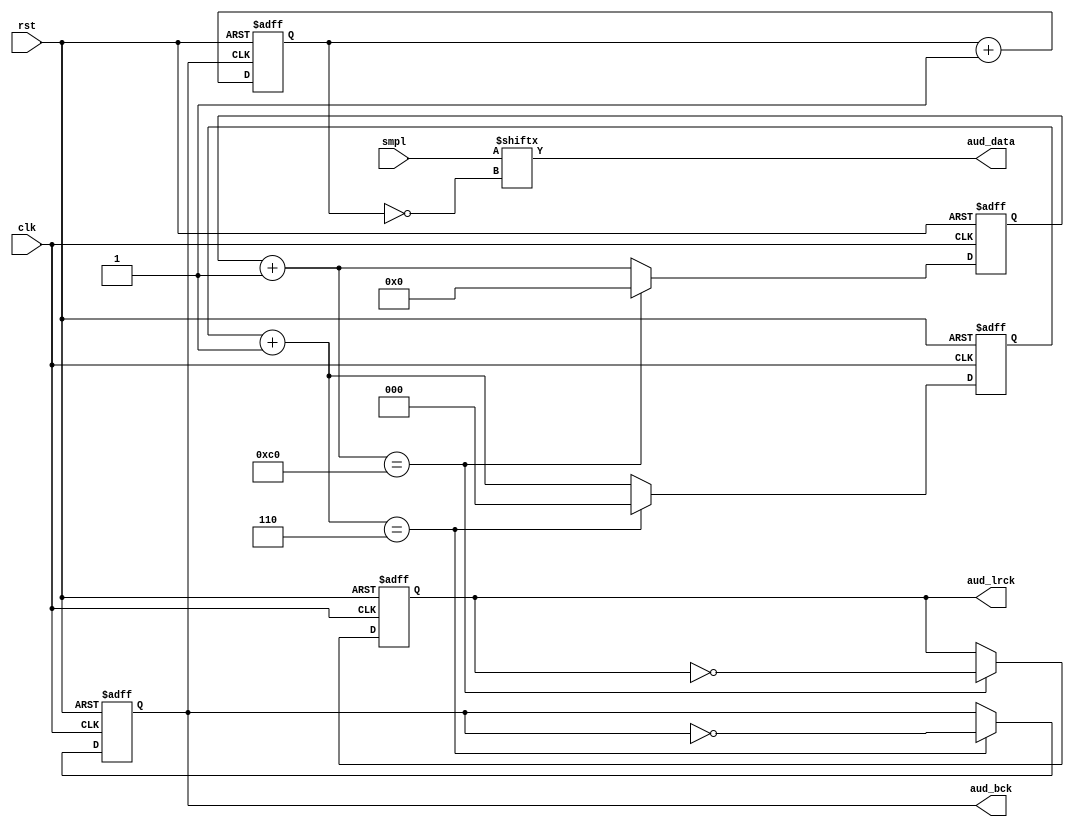
module aud(aud_data, aud_lrck, aud_bck, rst, smpl, clk);
	output aud_data;
	output reg aud_lrck;
	output reg aud_bck;
	input rst;
	input [15:0] smpl;
	input clk;

	parameter REF_CLK = 18_432_000; /* 18.432MHz */
	parameter SMPL_RATE = 48000;
	parameter SMPL_SIZE = 16;
	parameter CHANS = 2;

	reg [7:0] lrck_cnt;
	reg [2:0] bck_cnt;
	reg [3:0] smpl_bit;

	always @(posedge clk or posedge rst) begin
		if (rst) begin
			lrck_cnt <= 0;
			aud_lrck <= 0;

		end else begin
			lrck_cnt = lrck_cnt + 1;
			if (lrck_cnt == REF_CLK/(SMPL_RATE*2)) begin
				lrck_cnt <= 0;

				aud_lrck <= ~aud_lrck;
			end
		end
	end

	always @(posedge clk or posedge rst) begin
		if (rst) begin
			bck_cnt <= 0;
			aud_bck <= 0;

		end else begin
			bck_cnt = bck_cnt + 1;
			if (bck_cnt == REF_CLK/(SMPL_RATE*SMPL_SIZE*CHANS*2)) begin
				bck_cnt <= 0;

				aud_bck <= ~aud_bck;
			end
		end
	end

	always @(negedge aud_bck or posedge rst) begin
		if (rst) begin
			smpl_bit <= 0;

		end else begin
			smpl_bit <= smpl_bit + 1;
		end
	end

	assign aud_data = smpl[~smpl_bit];
endmodule